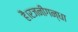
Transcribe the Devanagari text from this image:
हैं।रजनीगन्धा